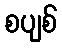
စပျစ်